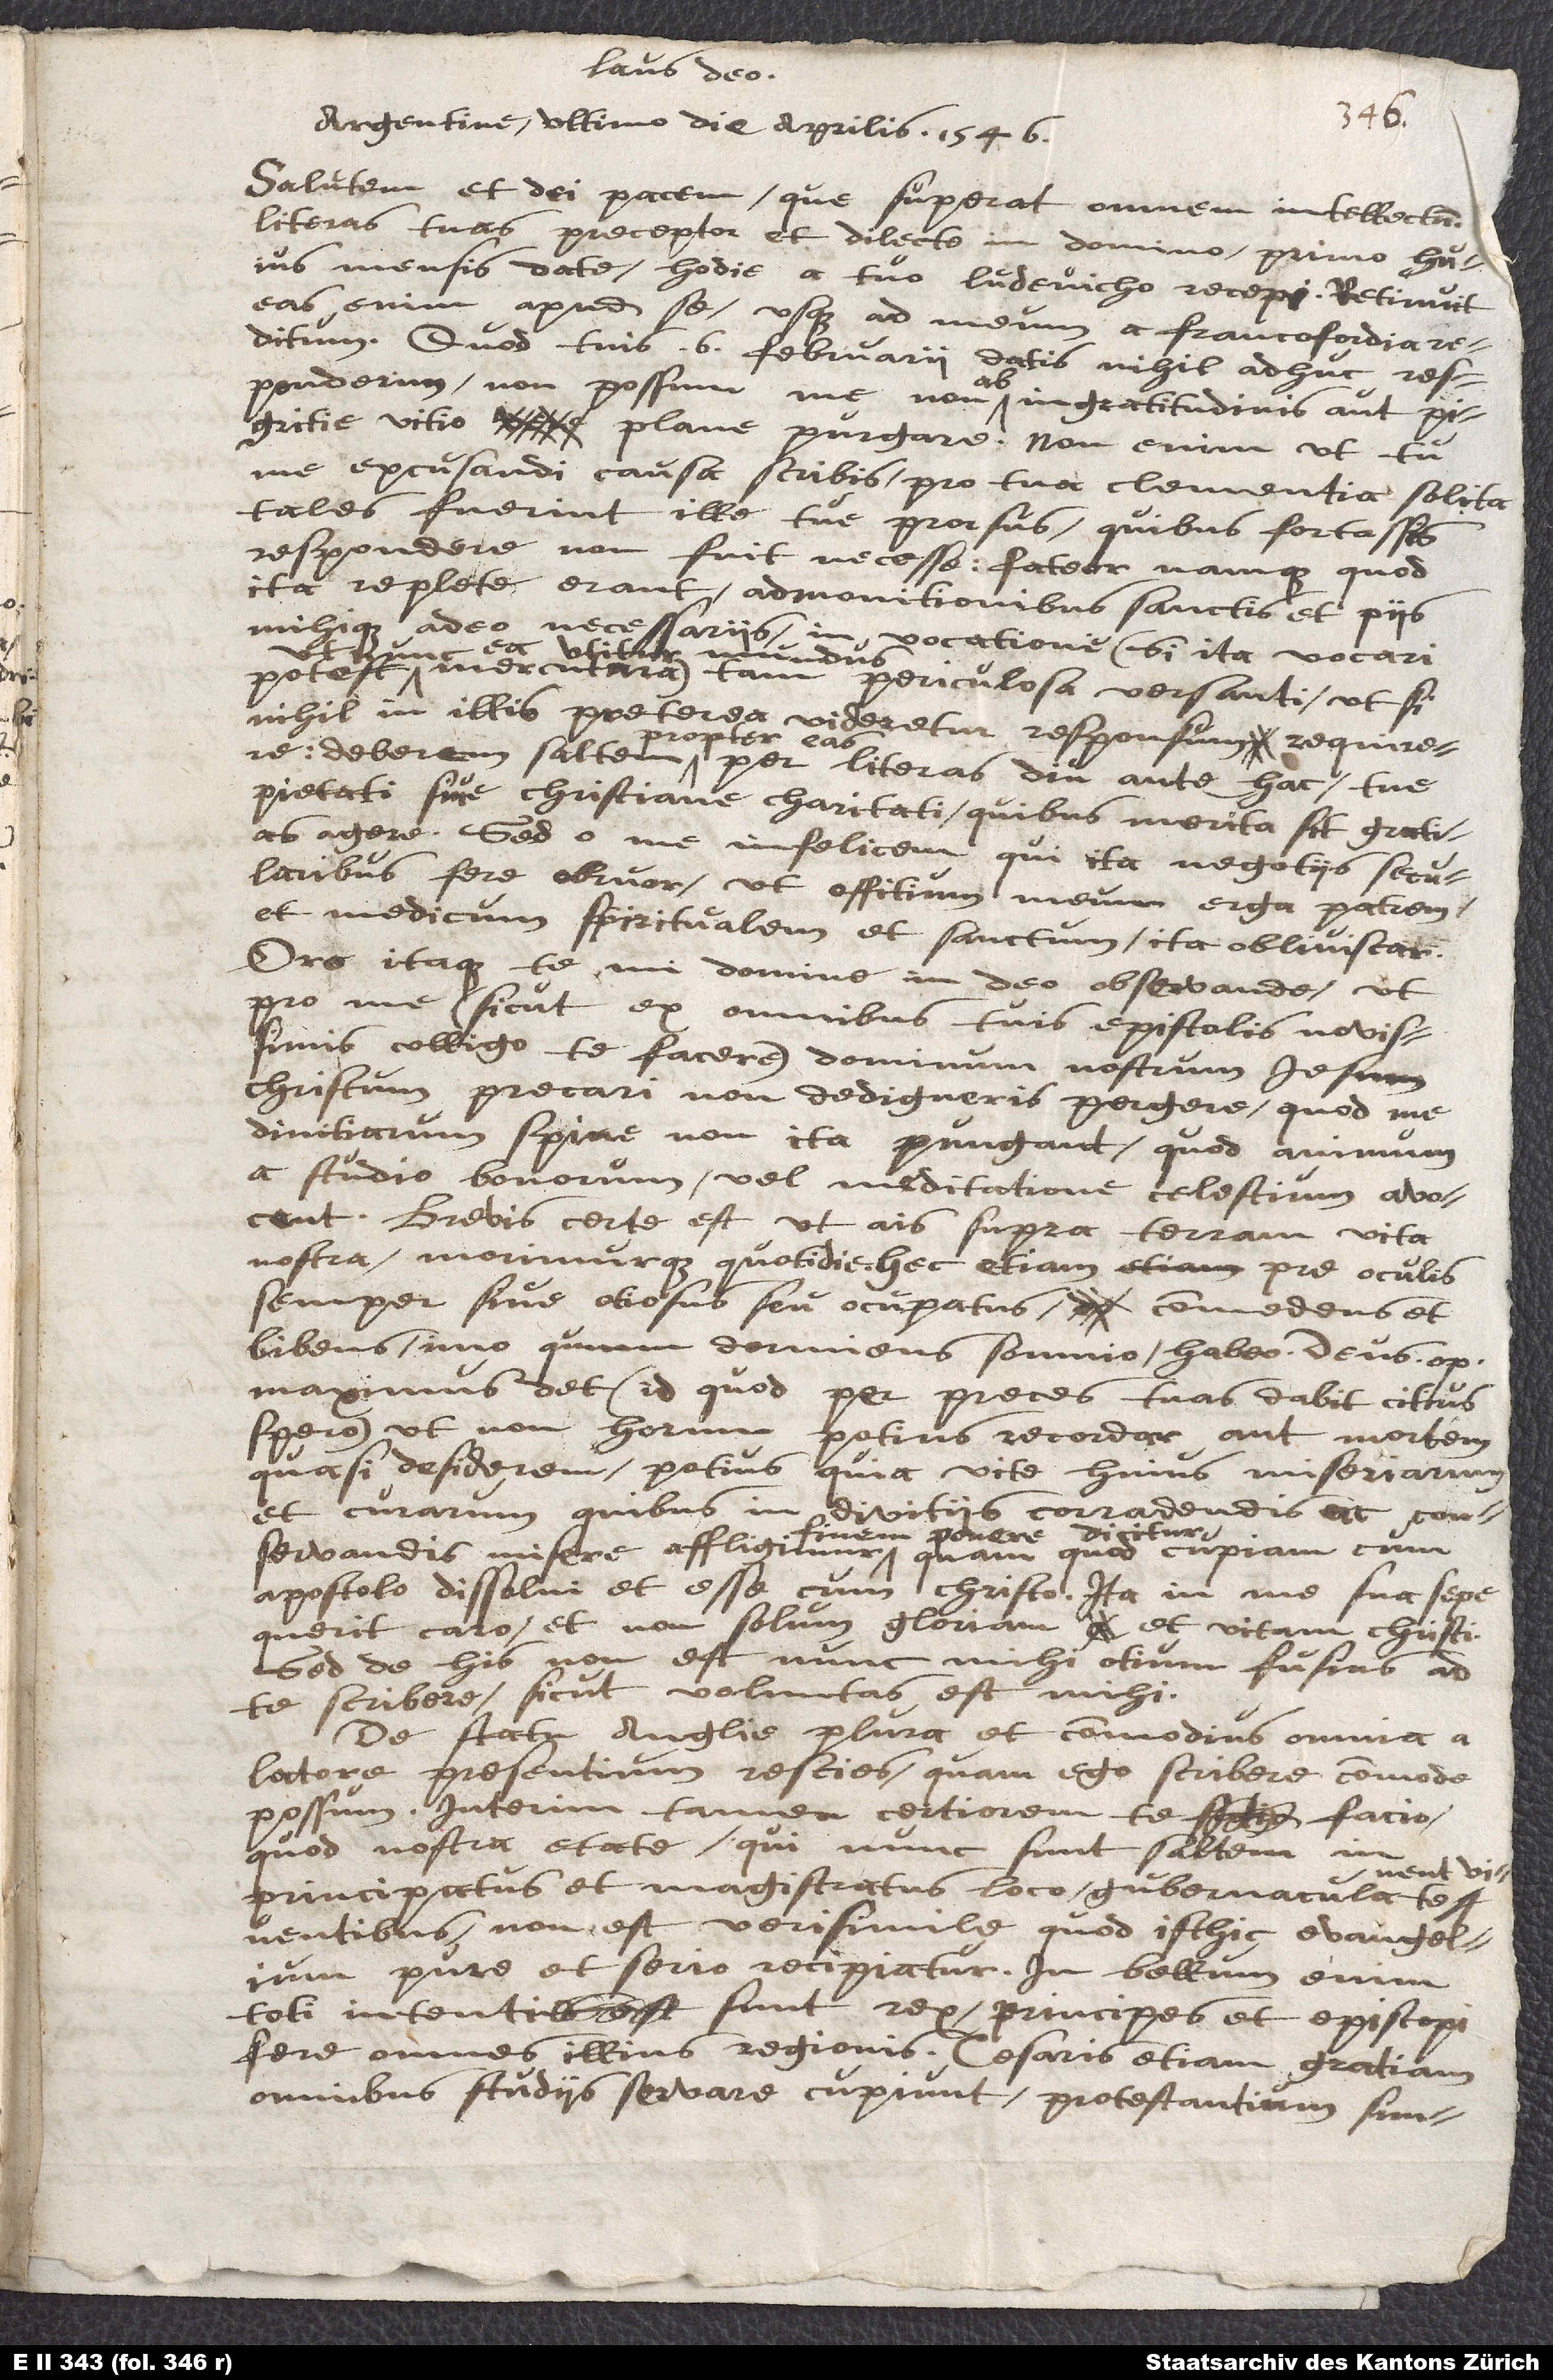
Laus deo!
Argentine, ultimo die aprilis 1546.
Salutem et dei pacem, que superat omnem intellectum!
Literas tuas, preceptor et dilecte in domino, primo huius
mensis date, hodie a tuo Ludevicho recepi; retinuit
eas enim apud se usque ad meum a Francofordia
reditum. Quod tuis 6. februarii datis nihil adhuc responderim,
pigritie vitio plane purgare. Non enim, ut tu
me excusandi causa scribis pro tua clementia solita,
tales fuerint ille tue prorsus, quibus fortassis
respondere non fuit necesse; fateor namque quod
ita replete erant admonitionibus sanctis et piis
mihique adeo necessariis in vocatione (si ita vocari
utitur mundus,
potest,
mercatura) tam periculosa versanti, ut si
nihil in illis preterea videretur responsum requirere,
deberem saltem propter eas per literas diu antehac tue
pietati sive Christiane charitati, quibus merita sit, gratias
agere. Sed o me infelicem, qui ita negotiis secularibus
fere obruor, ut offitium meum erga patrem
et medicum spiritualem et sanctum ita obliviscar!
Oro itaque te, mi domine in deo observando, ut
pro me (sicut ex omnibus tuis epistolis novissimis
colligo te facere) dominum nostrum Iesum
Christum precari non dedigneris pergere, quod me
divitiarum spine non ita pungant, quod animum
a studio bonorum vel meditatione celestium avocent.
Brevis certe est, ut ais, supra terram vita
nostra, morimurque quotidie. Hec etiam pre oculis
semper, sive otiosus seu occupatus, commedens et
bibens, imo quum dormiens somnio, habeo. Deus optimus
maximus det (id quod per preces tuas dabit citius
spero), ut non horum potius recordar, aut mortem
quasi desiderem, potius quia vite huius miseriarum
et curarum, quibus in divitiis corradendis ac conservandis
dicitur,
finem ponere
apostolo dissolvi et esse cum Christo. Ita in me sua sepe
querit caro, et non solum gloriam et vitam Christi.
Sed de his non est nunc mihi otium fusius ad
te scribere, sicut voluntas est mihi.
De statu Anglie plura et commodius omnia a
latore presentium rescies, quam ego scribere commode
possum. Interim tamen certiorem te facio,
quod nostra etate, qui nunc sunt saltem in
principatus et magistratus loco, gubernacula tenent
non est verisimile quod isthic evangelium
pure et serio recipiatur. In bellum enim
toti intenti sunt, rex, principes et episcopi
fere omnes illius regionis. Cesaris etiam gratiam
omnibus studiis servare cupiunt, protestantium simplicitatem